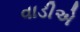
વાડીએ